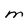
Character: M